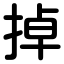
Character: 掉